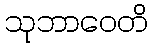
သုဘာဝေတိ